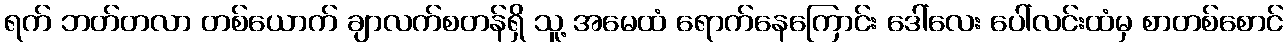
ရက် ဘတ်တလာ တစ်ယောက် ချာလက်စတန်ရှိ သူ့ အမေထံ ရောက်နေကြောင်း ဒေါ်လေး ပေါ်လင်းထံမှ စာတစ်စောင်